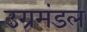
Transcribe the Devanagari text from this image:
उग्रमंडल